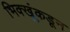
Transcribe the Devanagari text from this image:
भिक्खूंकडून